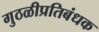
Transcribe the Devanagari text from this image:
गुठळीप्रतिबंधक